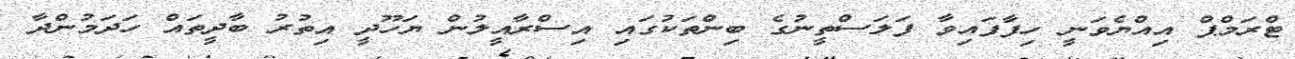
ޓްރަމްޕް އިއްޔެވަނީ ހިފާފައިވާ ފަލަސްތީނުގެ ބިންތަކުގައި އިސްރާއީލުން ޔަހޫދީ އިތުރު ބާދީތައް ހަދަމުންދާ